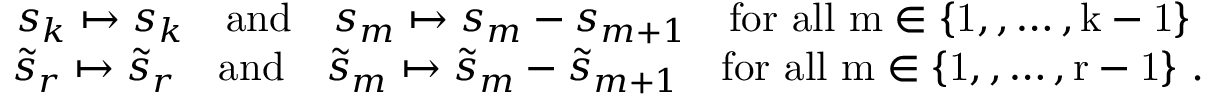
\begin{array} { r } { s _ { k } \mapsto s _ { k } \quad \mathrm { a n d } \quad s _ { m } \mapsto s _ { m } - s _ { m + 1 } \quad \mathrm { f o r ~ a l l ~ m \in \{ 1 , , \dots , k - 1 \} ~ } } \\ { \tilde { s } _ { r } \mapsto \tilde { s } _ { r } \quad \mathrm { a n d } \quad \tilde { s } _ { m } \mapsto \tilde { s } _ { m } - \tilde { s } _ { m + 1 } \quad \mathrm { f o r ~ a l l ~ m \in \{ 1 , , \dots , r - 1 \} ~ } . } \end{array}